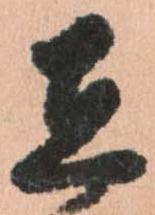
在